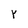
Character: Y